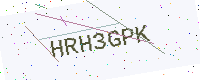
Text: HRH3GPK